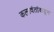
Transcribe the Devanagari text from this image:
कलावंतांकडून